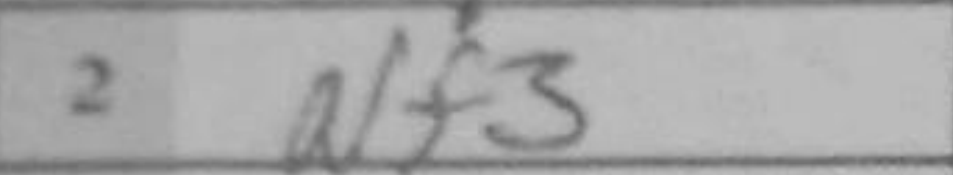
Transcription: Nf3